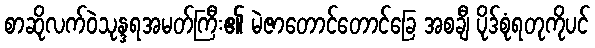
စာဆိုလက်ဝဲသုန္ဒရအမတ်ကြီး၏ မဲဇာတောင်တောင်ခြေ အစချီ ပိုဒ်စုံရတုကိုပင်